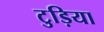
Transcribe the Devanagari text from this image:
टुड़िया